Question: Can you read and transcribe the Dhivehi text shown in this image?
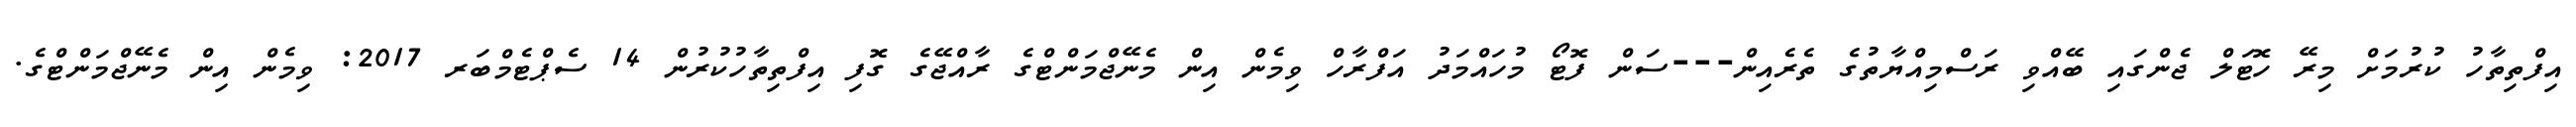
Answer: އިފްތިތާހު ކުރުމަށް މިރޭ ހޮޓަލް ޖެންގައި ބޭއްވި ރަސްމިއްޔާތުގެ ތެރެއިން---ސަން ފޮޓޯ މުހައްމަދު އަފްރާހް ވިމެން އިން މެނޭޖްމަންޓްގެ ރާއްޖޭގެ ގޮފި އިފްތިތާހުކުރުން 14 ސެޕްޓެމްބަރ 2017: ވިމެން އިން މެނޭޖްމަންޓްގެ.